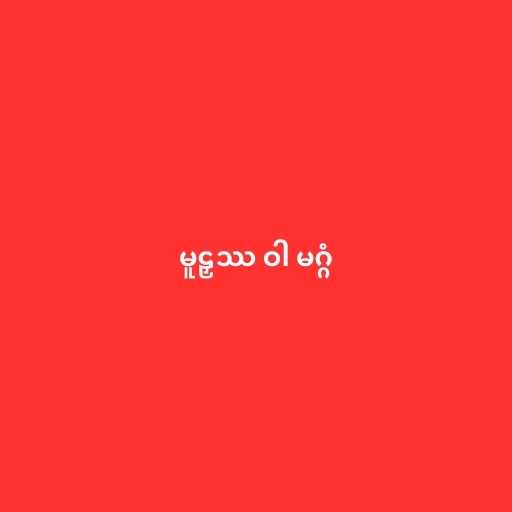
မူဠှဿ ဝါ မဂ္ဂံ